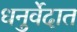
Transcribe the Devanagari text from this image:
धनुर्वेदात